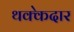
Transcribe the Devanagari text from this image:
थक्केदार